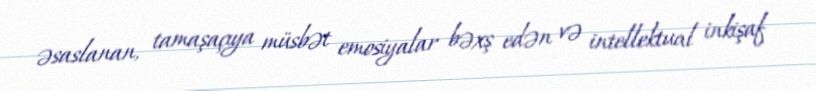
əsaslanan, tamaşaçıya müsbət emosiyalar bəxş edən və intellektual inkişaf